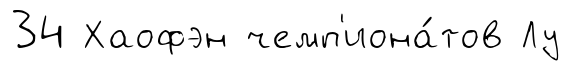
34 Хаофэн чемп'иона́тов Лу